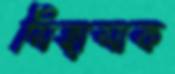
সিহাসাক